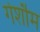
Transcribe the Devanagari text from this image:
गेर्शौम